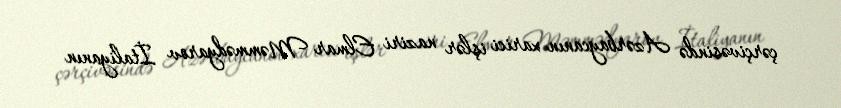
çərçivəsində Azərbaycanın xarici işlər naziri Elmar Məmmədyarov İtaliyanın